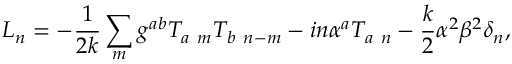
L _ { n } = - { \frac { 1 } { 2 k } } \sum _ { m } g ^ { a b } T _ { a \ m } T _ { b \ n - m } - i n \alpha ^ { a } T _ { a \ n } - { \frac { k } { 2 } } \alpha ^ { 2 } \beta ^ { 2 } \delta _ { n } ,